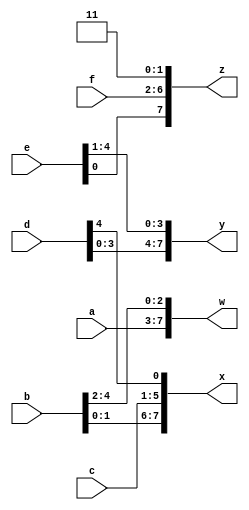
module top_module (
    input [4:0] a, b, c, d, e, f,
    output [7:0] w, x, y, z );//

    // assign { ... } = { ... };
    assign {w,x,y,z} = {a,b,c,d,e,f,2'd3};

endmodule